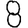
Digit: 8